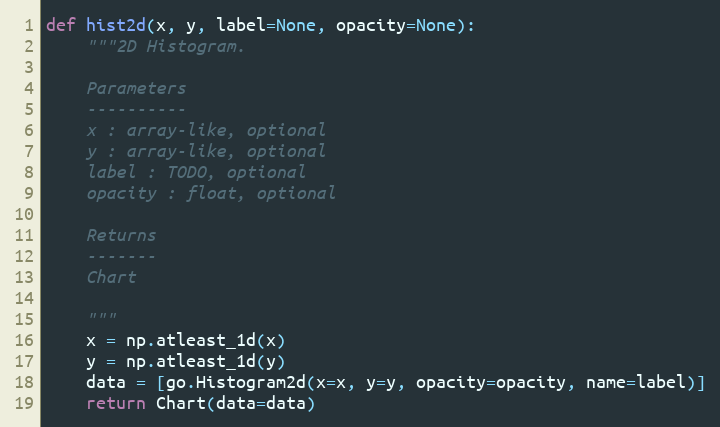
Language: Python
def hist2d(x, y, label=None, opacity=None):
    """2D Histogram.

    Parameters
    ----------
    x : array-like, optional
    y : array-like, optional
    label : TODO, optional
    opacity : float, optional

    Returns
    -------
    Chart

    """
    x = np.atleast_1d(x)
    y = np.atleast_1d(y)
    data = [go.Histogram2d(x=x, y=y, opacity=opacity, name=label)]
    return Chart(data=data)